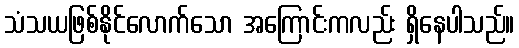
သံသယဖြစ်နိုင်လောက်သော အကြောင်းကလည်း ရှိနေပါသည်။